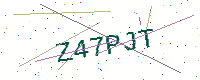
Text: Z47PJT